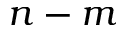
n - m